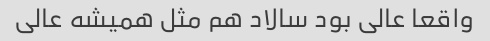
واقعا عالی بود سالاد هم مثل همیشه عالی